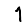
Digit: 1